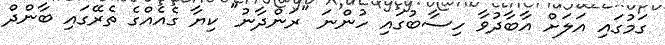
ގަމުގައި އަލަށް އާބާދުވާ ހިސާބުގައި ހުންނަ "ރަންދާނު" ކިޔާ ގެއެއްގެ ތެރޭގައި ބާންދް